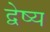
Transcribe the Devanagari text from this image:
द्वेष्य